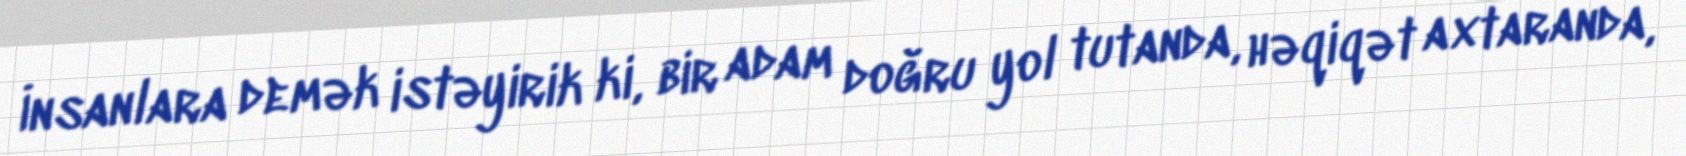
İnsanlara demək istəyirik ki, bir adam doğru yol tutanda, həqiqət axtaranda,